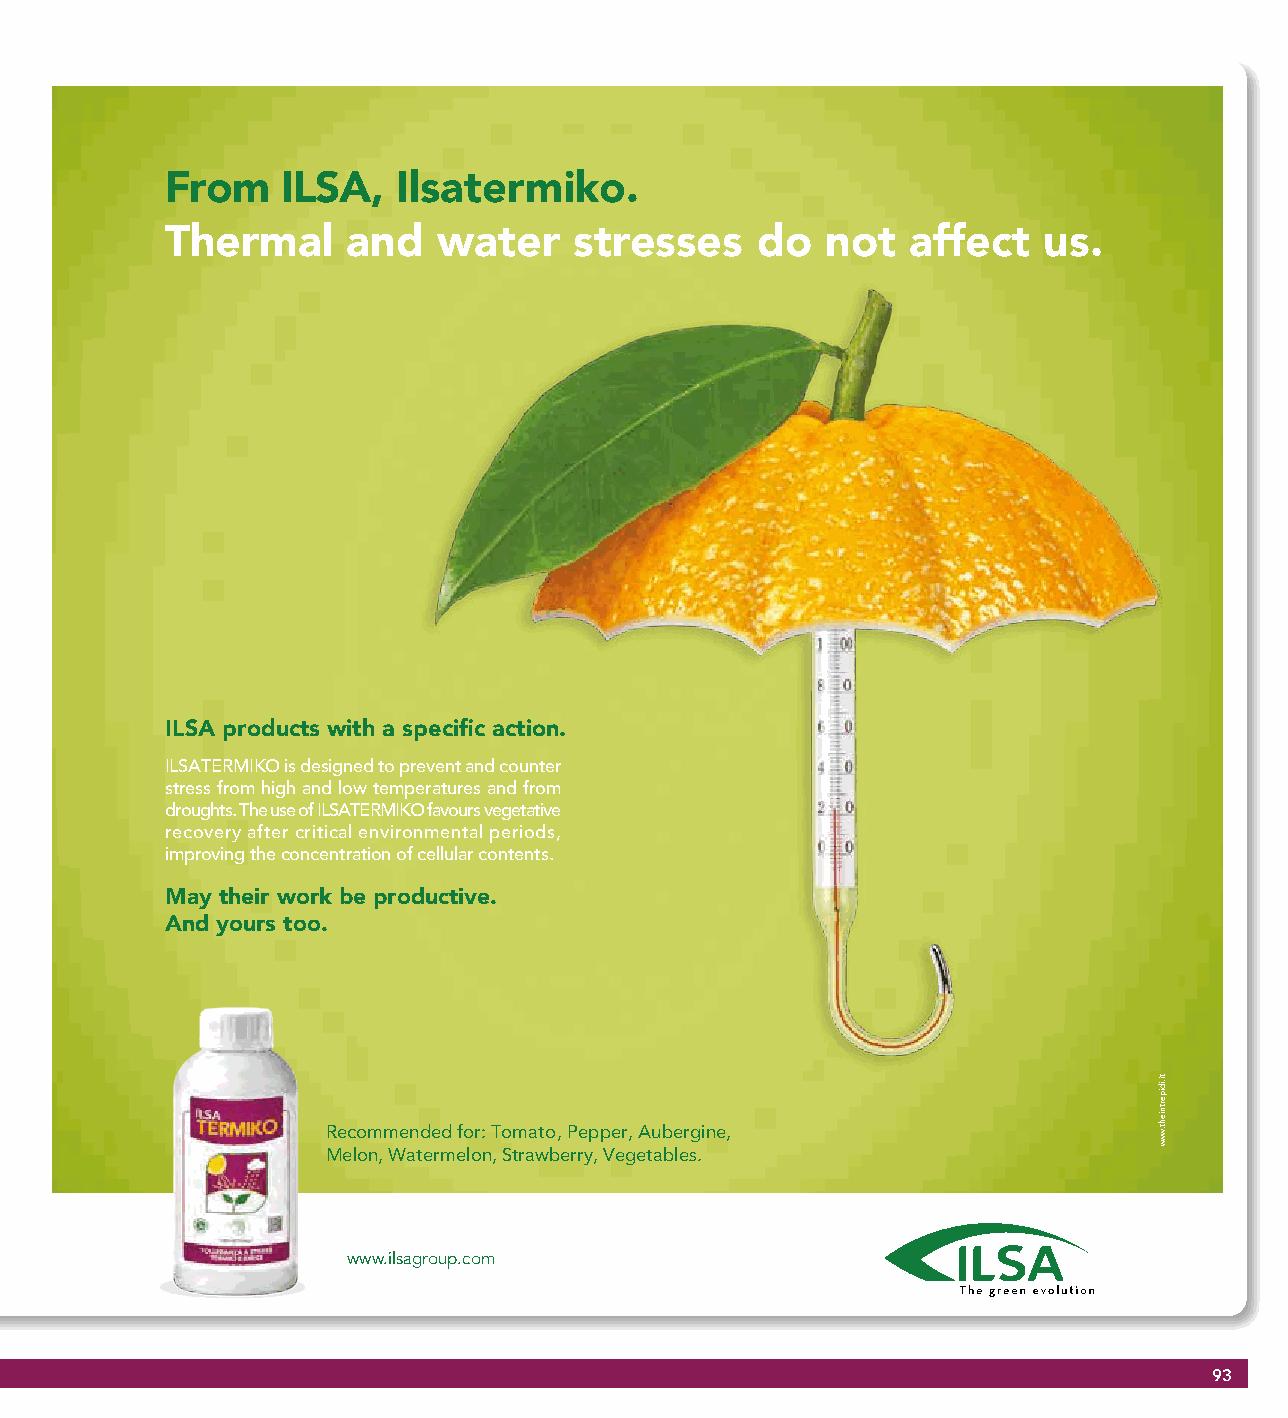
From    ILSA,  Ilsatermiko.
 Thermal     and   water    stresses    do   not  affect   us.
 ILSA products with a specific action.
 ILSATERMIKO is designed to prevent and counter
 stress from high and low temperatures and from
 droughts. The use of ILSATERMIKO favours vegetative
 recovery after critical environmental periods,
 improving the concentration of cellular contents.
 May their work be productive.
 And yours too.
 Recommended for: Tomato, Pepper, Aubergine,
 Melon, Watermelon, Strawberry, Vegetables.
 www.ilsagroup.com
 93
 ti.idipertnieht.www
 ti.idipertnieht.www